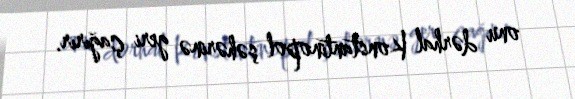
onu dərhal Konstantinopol şəhərinə geri çağırır.